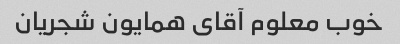
خوب معلوم آقای همایون شجریان